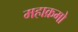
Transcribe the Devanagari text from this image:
महाक्रमो